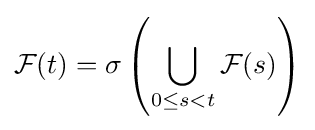
{\mathcal {F}}(t)=\sigma \left(\bigcup _{0\leq s<t}{\mathcal {F}}(s)\right)